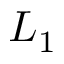
L _ { 1 }